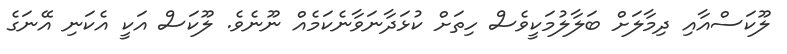
ލޫކަސްއާއި ދިމާލަށް ބަލާލުމަކީވެސް ހިތަށް ކުޅަދާނަވާނެކަމެއް ނޫނެވެ. ލޫކަސް އަކީ އެކަނި އޭނަގެ